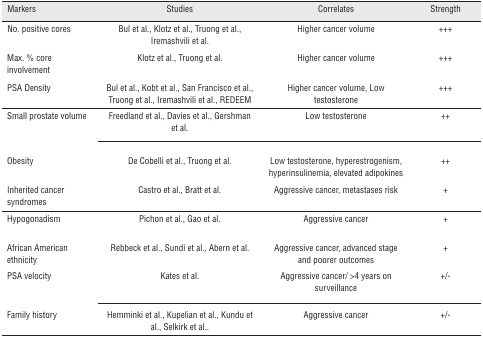
| Markers | Studies | Correlates | Strength |
 | --- | --- | --- | --- |
 | No. positive cores | Bul et al., Klotz et al., Truong et al., Iremashvili et al. | Higher cancer volume | +++ |
 | Max. % core involvement | Klotz et al., Truong et al. | Higher cancer volume | +++ |
 | PSA Density | Bul et al., Kobt et al., San Francisco et al., Truong et al., Iremashvili et al., REDEEM | Higher cancer volume, Low testosterone | +++ |
 | Small prostate volume | Freedland et al., Davies et al., Gershman et al. | Low testosterone | ++ |
 | Obesity | De Cobelli et al., Truong et al. | Low testosterone, hyperestrogenism, hyperinsulinemia, elevated adipokines | ++ |
 | Inherited cancer syndromes | Castro et al., Bratt et al. | Aggressive cancer, metastases risk | + |
 | Hypogonadism | Pichon et al., Gao et al. | Aggressive cancer | + |
 | African American ethnicity | Rebbeck et al., Sundi et al., Abern et al. | Aggressive cancer, advanced stage and poorer outcomes | + |
 | PSA velocity | Kates et al. | Aggressive cancer/ >4 years on surveillance | +/- |
 | Family history | Hemminki et al., Kupelian et al., Kundu et al., Selkirk et al.. | Aggressive cancer | +/- |